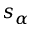
s _ { \alpha }